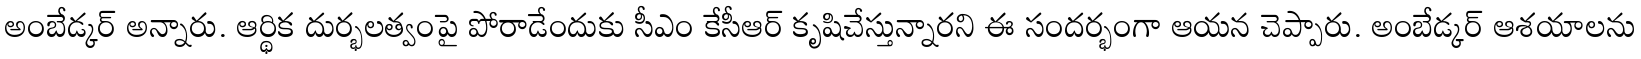
అంబేడ్కర్ అన్నారు. ఆర్థిక దుర్భలత్వంపై పోరాడేందుకు సీఎం కేసీఆర్ కృషిచేస్తున్నారని ఈ సందర్భంగా ఆయన చెప్పారు. అంబేడ్కర్ ఆశయాలను